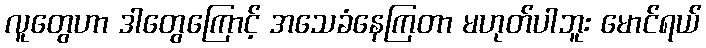
လူတွေဟာ ဒါတွေကြောင့် အသေခံနေကြတာ မဟုတ်ပါဘူး မောင်ရယ်